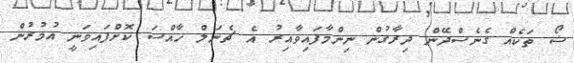
ޝޯ ތަކެއް ގެނެސްދޭން ދިރާގުން ނިންމާފައިވާއިރު އެ ޗެނަލް ހާއްސަ ކޮށްފައިވަނީ އުމުރުން